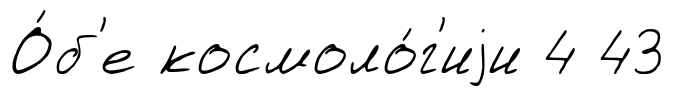
О́б'е космоло́г'иjи 4 43